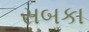
સબકા